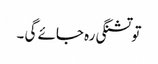
تو تشنگی رہ جائے گی ۔